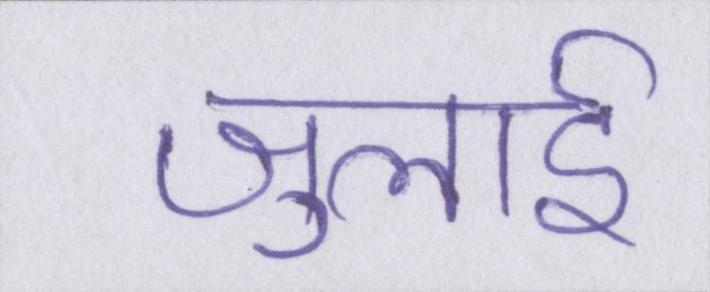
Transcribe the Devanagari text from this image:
जुलाई